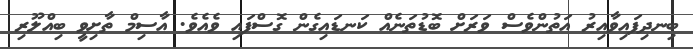
ބިނދިފައިވާއިރު އަތުންވެސް ވަރަށް ބޮޑުތަނެއް ކަނޑައިގެން ގޮސްފައި ވެއެވެ. އާސިމް ތާށިވީ ބިއްލޫރި